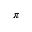
\pi